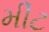
મીટ